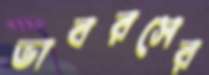
ভাবরসের